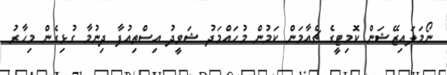
ނޯމަލައިޒޭޝަން ކޮމިޓީގެ ޗެއާމަން ކަމުން މުހައްމަދު ޝަވީދު އިސްތިއުފާ ދިނުމާ ގުޅިގެން މިހާރު